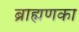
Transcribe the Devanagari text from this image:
ब्राह्मणका